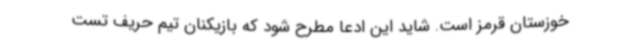
خوزستان قرمز است. شاید این ادعا مطرح شود که بازیکنان تیم حریف تست